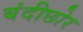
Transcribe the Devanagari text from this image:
बंदीछोर